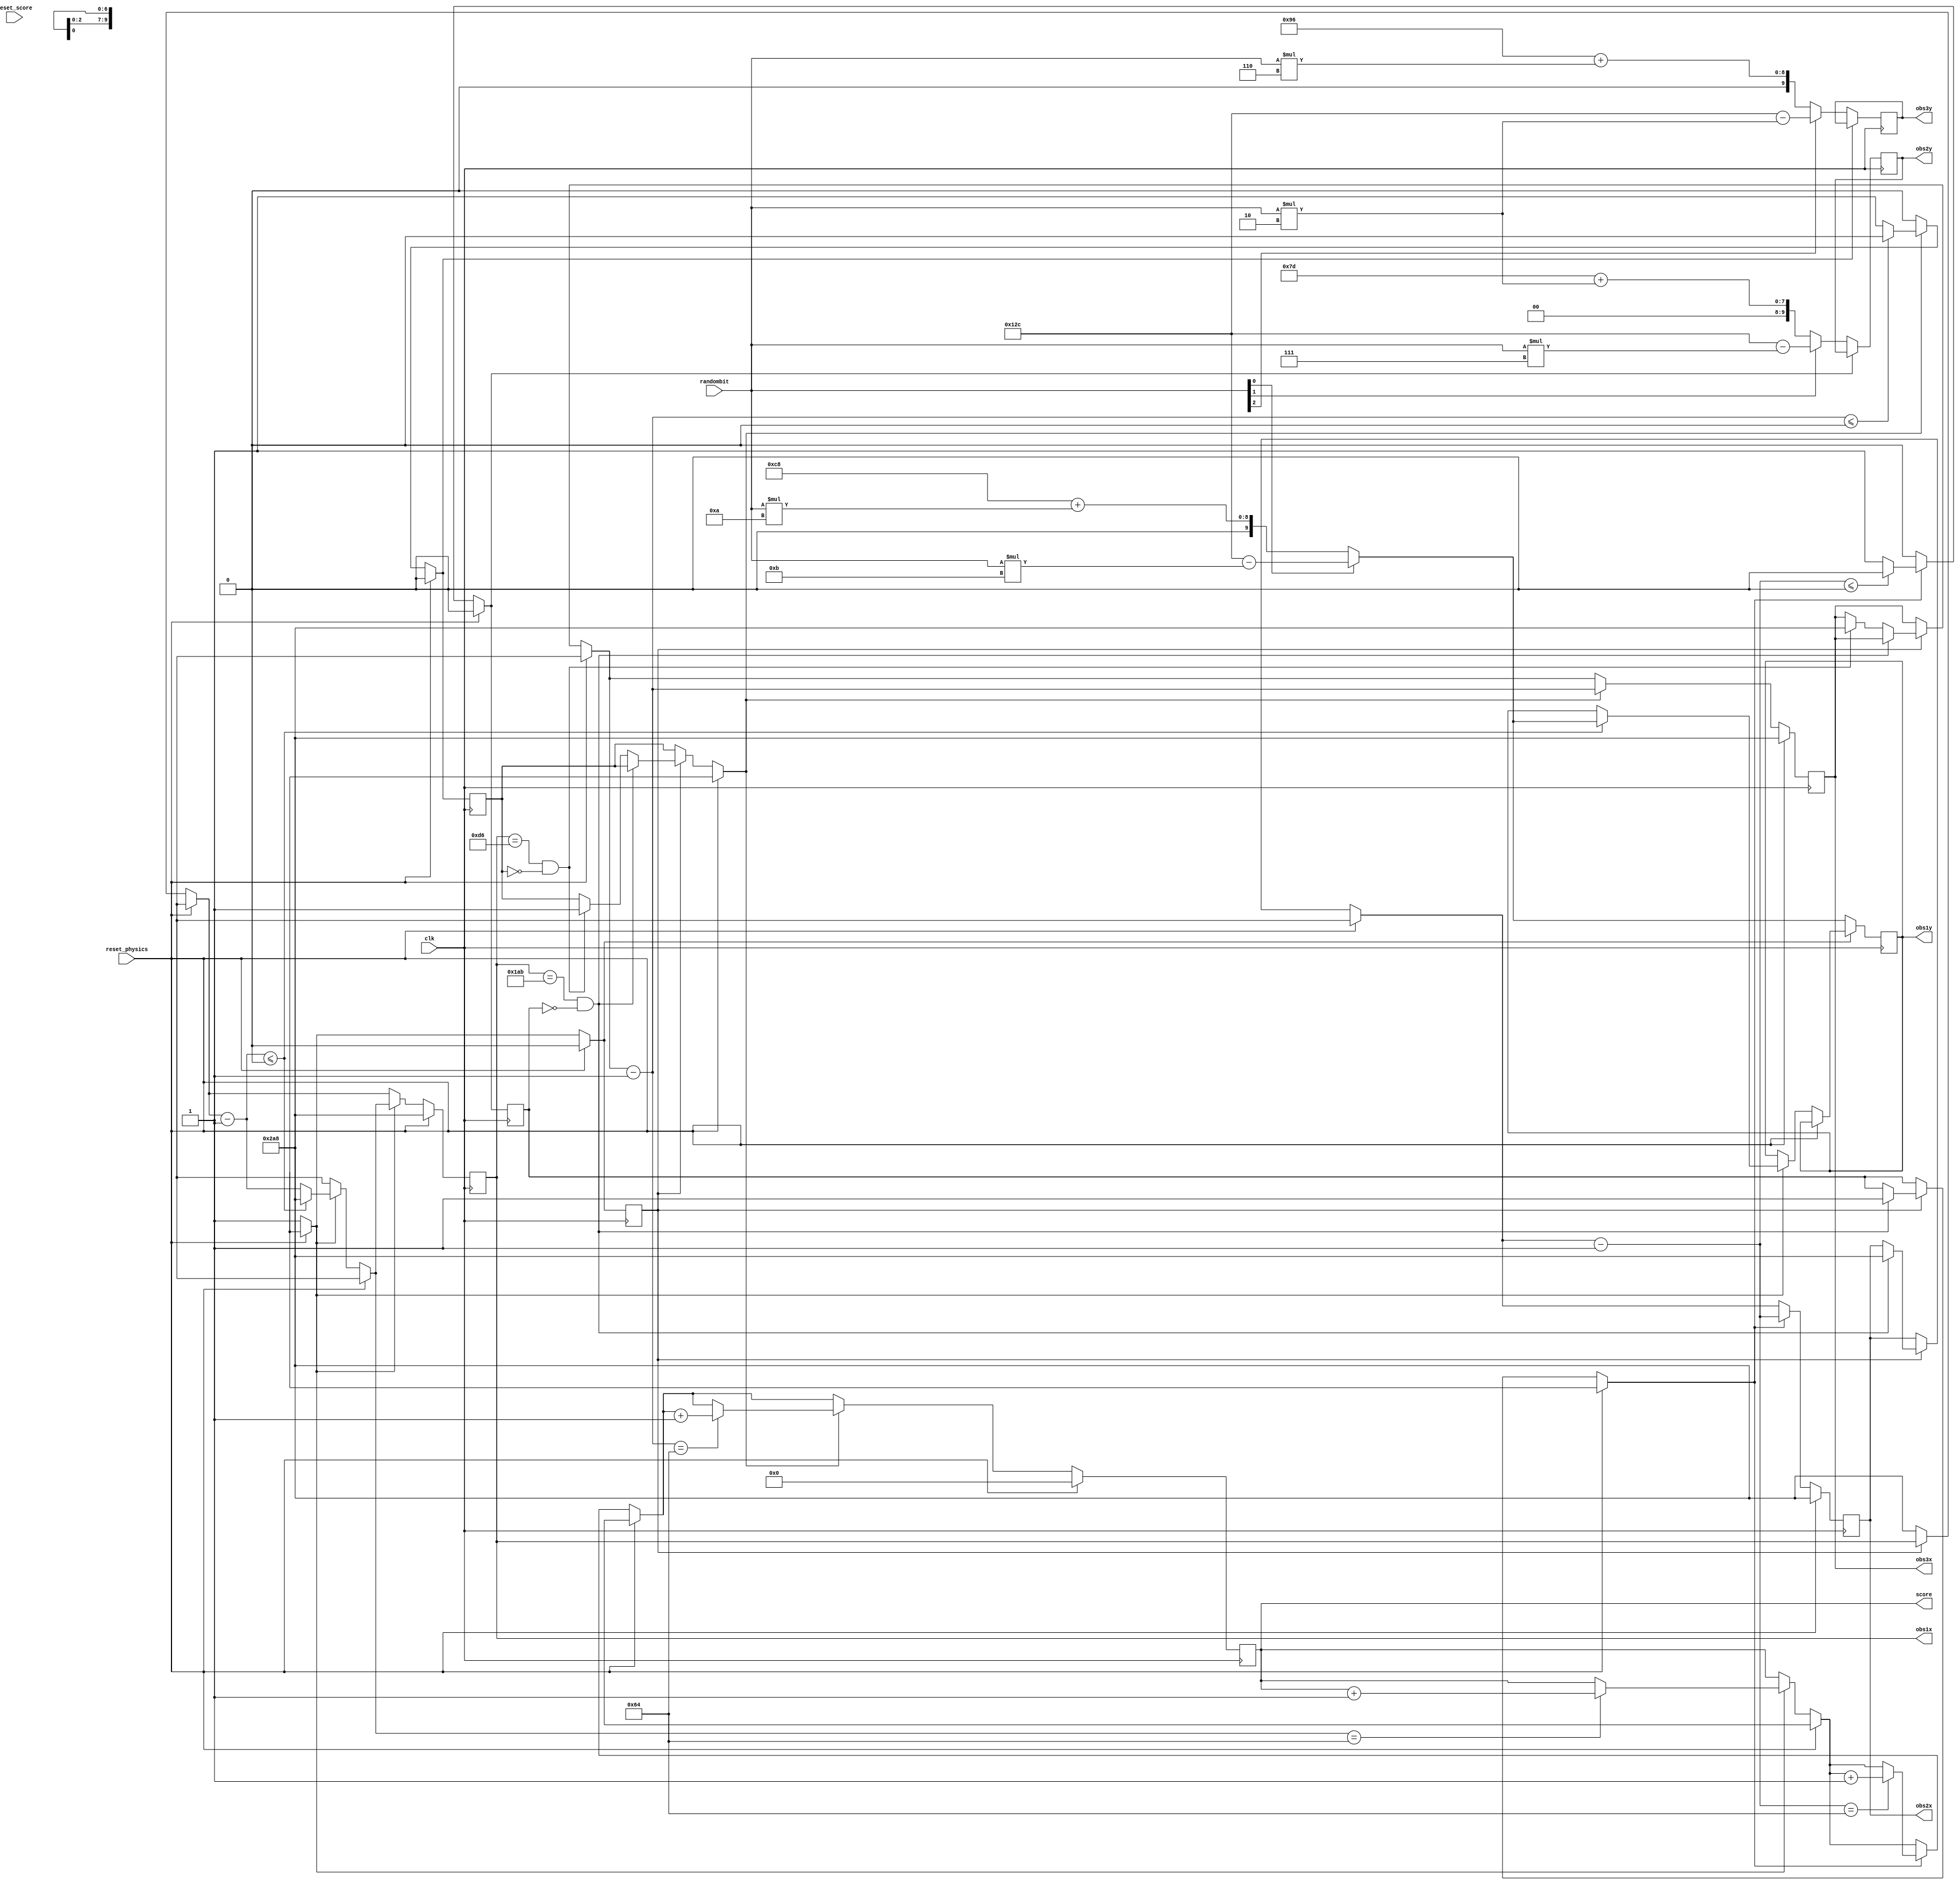
`timescale 1ns / 1ps
//////////////////////////////////////////////////////////////////////////////////
// Company: 
// Engineer: 
// 
// Design Name: 
// Module Name:    obstacle_generator 
// Project Name: 
// Target Devices: 
// Tool versions: 
// Description: 
//
// Dependencies: 
//
// Revision: 
// Revision 0.01 - File Created
// Additional Comments: 
//
//////////////////////////////////////////////////////////////////////////////////
module obstacle_generator(
	input clk, 
	input [3:0] randombit, 
	input reset_score, reset_physics,        
	output reg [6:0] score,
	output reg [9:0] obs1x, obs1y, obs2x, obs2y, obs3x, obs3y
	);
	
	localparam BIRD_POS_X = 100;
	
	reg obs1, obs2, obs3;
	assign obs1en = obs1;
	assign obs2en = obs2;
	assign obs3en = obs3;
	initial obs1 = 0;
	initial obs2 = 0;
	initial obs3 = 0;
	initial score = 0;

	always @(posedge clk) 
	begin							
		if (reset_physics) 
		begin
			 obs1 = 0;
			 obs1x = 680;
			 obs2 = 0;
			 obs2x = 680;
			 obs3 = 0;
			 obs3x = 680;
			 score = 0;
		end
		else 
		begin
			if (!obs1) begin
				obs1 = 1;
				obs1x = 680; // Place obs1 on very right of screen
			end
			else if (obs1x == 640 - 213 && !obs2) begin
				obs2 = 1;
				obs2x = 680; // Place obs2 on very right of screen
			end
			else if (obs1x == 214 && !obs3) begin
				obs3 = 1;
				obs3x = 680; // {lace obs3 on very right of screen
			end
			if (obs1) begin 
				obs1x = obs1x - 1; // Move one pixel to the left
				if (obs1x <= 0) begin // Obstacle offscreen, reset x
					obs1x = 680;
					obs1y = (randombit[0] == 1'b0) ? 200 + (randombit * 10) : 300 - (randombit * 11);
				end
				if (obs1x == BIRD_POS_X) score = score + 1; //if bird passes obs, +1 score
			end
			if (obs2) begin
				obs2x = obs2x - 1;
				if (obs2x <= 0) begin
					obs2 = 0;
				end
				if (obs2x == BIRD_POS_X) score = score + 1;
			end
			if (obs3) begin
				obs3x = obs3x-1;
				if (obs3x <= 0) begin
					obs3 = 0;
				end
				if (obs3x == BIRD_POS_X) score = score + 1;
			end
		end

		// Calcuate the random position of the pipe
		if (!obs1) obs1y = (randombit[0] == 1'b0) ? 200 + (randombit * 10) : 300 - (randombit * 11);
		if (!obs2) obs2y = (randombit[1] == 1'b1) ? 300 - (randombit * 7) : 125 + (randombit * 2);
		if (!obs3) obs3y = (randombit[2] == 1'b1) ? 300 - (randombit * 2) : 150 + (randombit * 6);
	end

endmodule